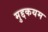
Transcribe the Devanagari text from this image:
मुद्दकयम